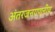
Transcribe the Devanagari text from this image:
अंतरजनगणनीय